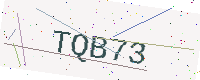
Text: TQB73